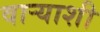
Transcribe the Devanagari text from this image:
वाऱ्याशी